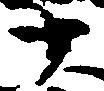
十